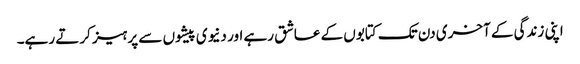
اپنی زندگی کے آخری دن تک کتابوں کے عاشق رہے اور دنیوی پیشوں سے پرہیز کرتے رہے۔